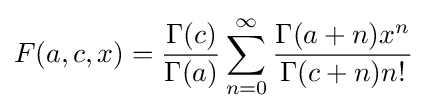
F(a,c,x)={\frac {\Gamma (c)}{\Gamma (a)}}\sum _{n=0}^{\infty }{\frac {\Gamma (a+n)x^{n}}{\Gamma (c+n)n!}}